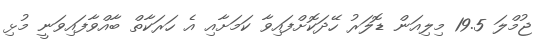
ޖުމްލަ 19.5 މިލިއަން ޑޮލަރު ހޭދަކޮށްފައިވާ ކަމަށާއި އެ ހަރަކާތް ބާއްވާފައިވަނީ މުޅި